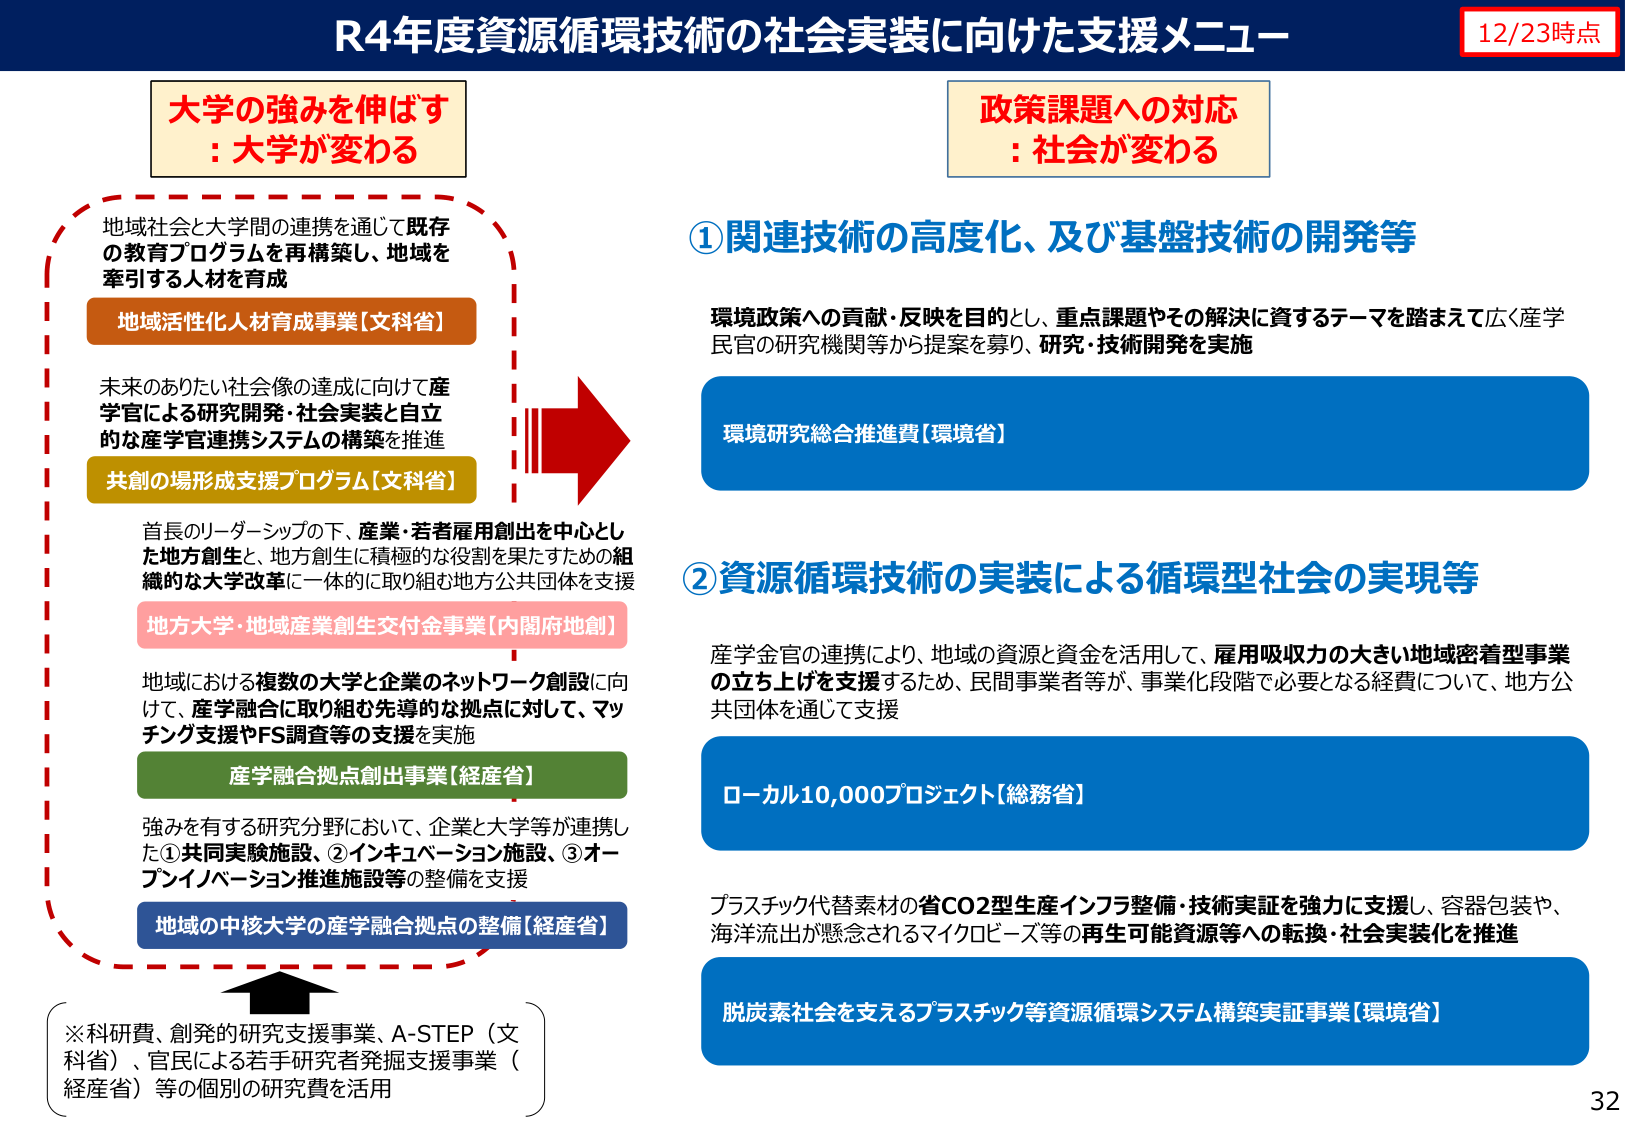
R4年度資源循環技術の社会実装に向けた支援メニュー
12/23時点

大学の強みを伸ばす
: 大学が変わる

地域社会と大学間の連携を通じて既存
の教育プログラムを再構築し、地域を
牽引する人材を育成

地域活性化人材育成事業【文科省】

未来のありたい社会像の達成に向けて産
学官による研究開発・社会実装と自立
的な産学官連携システムの構築を推進

共創の場形成支援プログラム【文科省】

首長のリーダーシップの下、産業・若者雇用創出を中心とし
た地方創生と、地方創生に積極的な役割を果たすための組
織的な大学改革に一体的に取り組む地方公共団体を支援

地方大学・地域産業創生交付金事業【内閣府地創】

地域における複数の大学と企業のネットワーク創設に向
けて、産学融合に取り組む先導的な拠点に対して、マッ
チング支援やFS調査等の支援を実施

産学融合拠点創出事業【経産省】

強みを有する研究分野において、企業と大学等が連携し
た①共同実施施設、②インキュベーション施設、③オー
ブンイノベーション推進施設等の整備を支援

地域の中核大学の産学融合拠点の整備【経産省】

※科研費、創発的研究支援事業、A-STEP（文科省）、官民による若手研究者発掘支援事業（経産省）等の個別の研究費を活用

政策課題への対応
: 社会が変わる

①関連技術の高度化、及び基盤技術の開発等

環境政策への貢献・反映を目的とし、重点課題やその解決に資するテーマを踏まえて広く産学
民官の研究機関等から提案を募り、研究・技術開発を実施

環境研究総合推進費【環境省】

②資源循環技術の実装による循環型社会の実現等

産学官の連携により、地域の資源と資金を活用して、雇用吸収力の大きい地域密着型事業
の立ち上げを支援するため、民間事業者等が、事業化段階で必要となる経費について、地方公
共団体を通じて支援

ローカル10,000プロジェクト【総務省】

プラスチック代替素材の省CO2型生産インフラ整備・技術実証を強力に支援し、容器包装や、
海洋流出が懸念されるマイクロビーズ等の再生可能資源等への転換・社会実装化を推進

脱炭素社会を支えるプラスチック等資源循環システム構築実証事業【環境省】

32